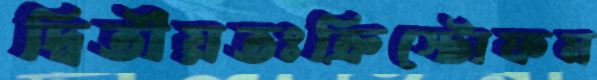
দ্বিতীয়তঃক্রিস্টোফম